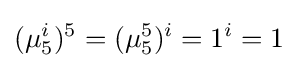
(\mu _{5}^{i})^{5}=(\mu _{5}^{5})^{i}=1^{i}=1